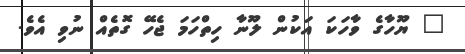
" ޔޫހާގެ ވާހަކަ އަކުން ލޫނާ ހިތްހަމަ ޖެހޭ ގޮތެއް ނުވި އެވެ.